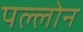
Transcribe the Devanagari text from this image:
पल्लोन